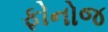
ફોનોજ